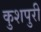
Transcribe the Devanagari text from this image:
कुशपुरी